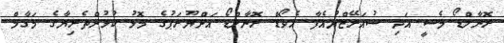
ރޮނާލްޑޯ މެސީ އަދި ސުއަރޭޒްޔުއެފާ އެވޯޑް ރޮނާލްޑޯ އަށްޔޫރަޕުގެ މޮޅު ކުޅުންތެރިޔާގެ މަގާމް